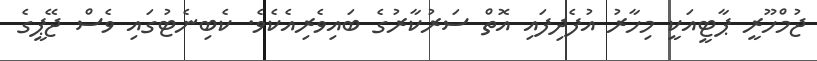
ޖުމްހޫރީ ޕާޓީއަކީ މިހާރު އުފެދިފައި އޮތް ސަރުކާރުގެ ބައިވެރިއެކެވެ. ކެބިނެޓުގައި ވެސް ޖޭޕީގެ